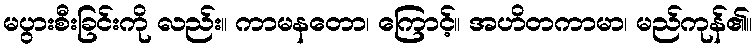
မပွားစီးခြင်းကို လည်း။ ကာမနတော၊ ကြောင့်။ အဟိတကာမာ၊ မည်ကုန်၏။